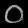
Digit: ၀